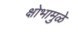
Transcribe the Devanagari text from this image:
क्षोभामुळे